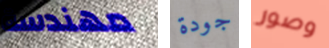
مهندسة جودة وصور